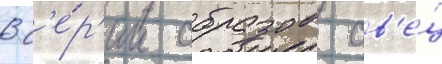
В с'е́р'ии образов ов'е́ц